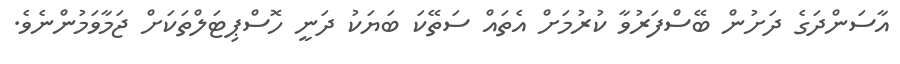
އާސަންދަގެ ދަށުން ބޭސްފަރުވާ ކުރުމަށް އެތައް ސަތޭކަ ބަޔަކު ދަނީ ހޮސްޕިޓަލްތަކަށް ޖަމާވަމުންނެވެ.